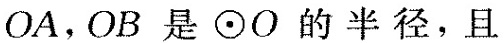
OA，OB是⊙O的半径，且